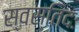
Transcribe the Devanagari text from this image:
स्वस्तिदः